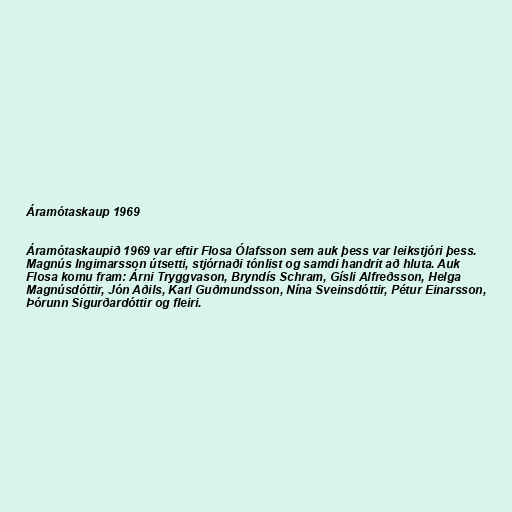
Áramótaskaup 1969

Áramótaskaupið 1969 var eftir Flosa Ólafsson sem auk þess var leikstjóri þess.
Magnús Ingimarsson útsetti, stjórnaði tónlist og samdi handrit að hluta. Auk
Flosa komu fram: Árni Tryggvason, Bryndís Schram, Gísli Alfreðsson, Helga
Magnúsdóttir, Jón Aðils, Karl Guðmundsson, Nína Sveinsdóttir, Pétur Einarsson,
Þórunn Sigurðardóttir og fleiri.